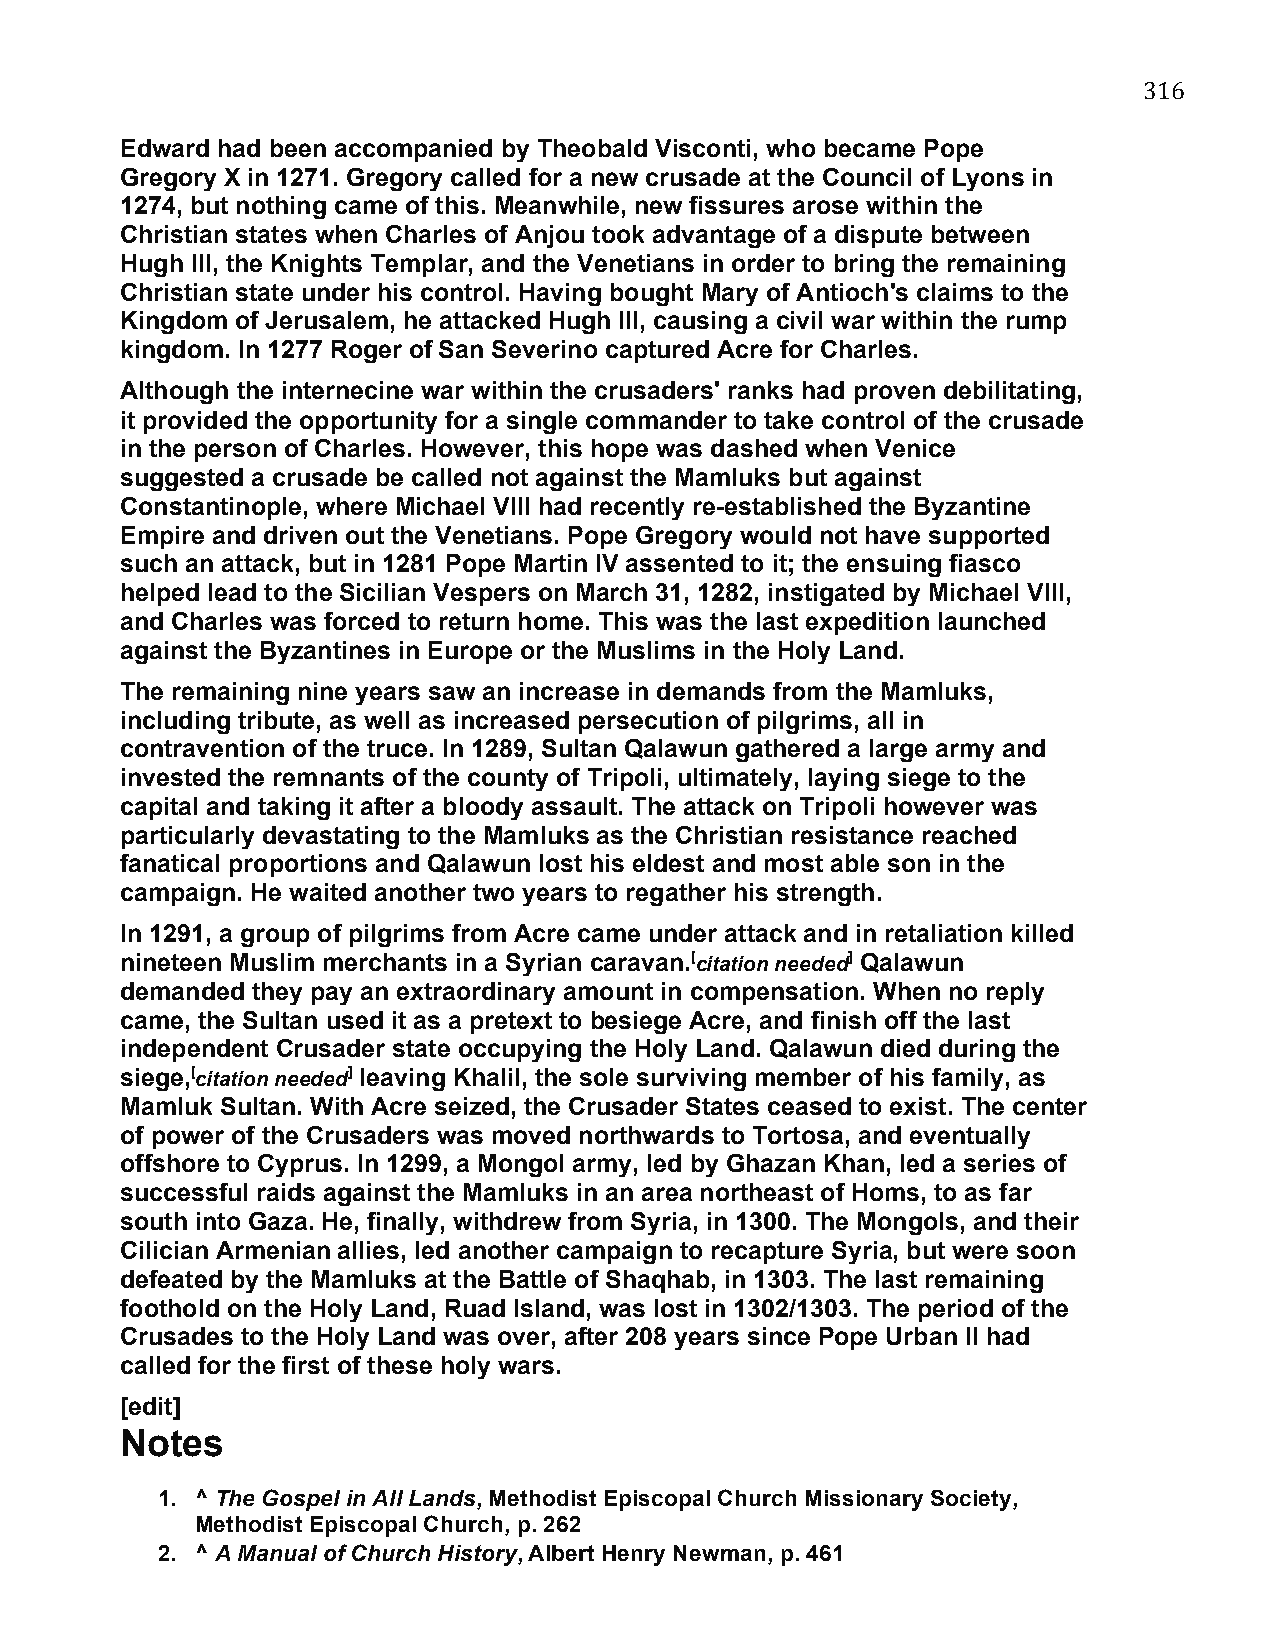
316
 Edward had been accompanied by Theobald Visconti, who became Pope
 Gregory X in 1271. Gregory called for a new crusade at the Council of Lyons in
 1274, but nothing came of this. Meanwhile, new fissures arose within the
 Christian states when Charles of Anjou took advantage of a dispute between
 Hugh III, the Knights Templar, and the Venetians in order to bring the remaining
 Christian state under his control. Having bought Mary of Antioch's claims to the
 Kingdom of Jerusalem, he attacked Hugh III, causing a civil war within the rump
 kingdom. In 1277 Roger of San Severino captured Acre for Charles.
 Although the internecine war within the crusaders' ranks had proven debilitating,
 it provided the opportunity for a single commander to take control of the crusade
 in the person of Charles. However, this hope was dashed when Venice
 suggested a crusade be called not against the Mamluks but against
 Constantinople, where Michael VIII had recently re-established the Byzantine
 Empire and driven out the Venetians. Pope Gregory would not have supported
 such an attack, but in 1281 Pope Martin IV assented to it; the ensuing fiasco
 helped lead to the Sicilian Vespers on March 31, 1282, instigated by Michael VIII,
 and Charles was forced to return home. This was the last expedition launched
 against the Byzantines in Europe or the Muslims in the Holy Land.
 The remaining nine years saw an increase in demands from the Mamluks,
 including tribute, as well as increased persecution of pilgrims, all in
 contravention of the truce. In 1289, Sultan Qalawun gathered a large army and
 invested the remnants of the county of Tripoli, ultimately, laying siege to the
 capital and taking it after a bloody assault. The attack on Tripoli however was
 particularly devastating to the Mamluks as the Christian resistance reached
 fanatical proportions and Qalawun lost his eldest and most able son in the
 campaign. He waited another two years to regather his strength.
 In 1291, a group of pilgrims from Acre came under attack and in retaliation killed
 nineteen Muslim merchants in a Syrian caravan.[citation needed] Qalawun
 demanded they pay an extraordinary amount in compensation. When no reply
 came, the Sultan used it as a pretext to besiege Acre, and finish off the last
 independent Crusader state occupying the Holy Land. Qalawun died during the
 siege,[citation needed] leaving Khalil, the sole surviving member of his family, as
 Mamluk Sultan. With Acre seized, the Crusader States ceased to exist. The center
 of power of the Crusaders was moved northwards to Tortosa, and eventually
 offshore to Cyprus. In 1299, a Mongol army, led by Ghazan Khan, led a series of
 successful raids against the Mamluks in an area northeast of Homs, to as far
 south into Gaza. He, finally, withdrew from Syria, in 1300. The Mongols, and their
 Cilician Armenian allies, led another campaign to recapture Syria, but were soon
 defeated by the Mamluks at the Battle of Shaqhab, in 1303. The last remaining
 foothold on the Holy Land, Ruad Island, was lost in 1302/1303. The period of the
 Crusades to the Holy Land was over, after 208 years since Pope Urban II had
 called for the first of these holy wars.
 [edit]
 Notes
 1. ^ The Gospel in All Lands, Methodist Episcopal Church Missionary Society,
 Methodist Episcopal Church, p. 262
 2. ^ A Manual of Church History, Albert Henry Newman, p. 461